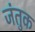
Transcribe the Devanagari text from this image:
जंतुक